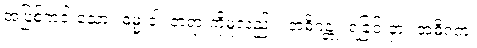
အပြစ်ကင်းသော။ ဓမ္မံ ဝါ၊ တရားကိုမူလည်း။ အဓိဂန္တုံ၊ ရခြင်းငှာ။ အဓိဂတံ၊